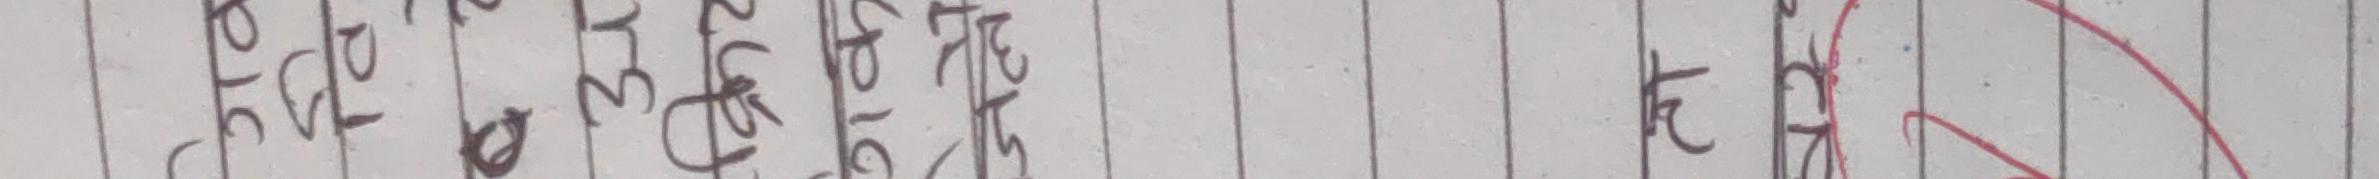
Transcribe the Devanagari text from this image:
जिम्ने
पो
खो
या

अन
का
रो
रा

इल
मा
ट
ने